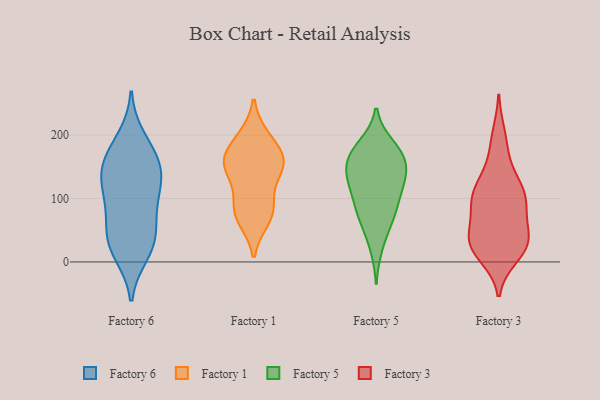
{"axis": {"x": "Demand Index", "y": "Value"}, "legend": ["Factory 1", "Factory 3", "Factory 5", "Factory 6"], "data": [{"x": "", "y": 22, "type": "Factory 6"}, {"x": "", "y": 13, "type": "Factory 6"}, {"x": "", "y": 80, "type": "Factory 6"}, {"x": "", "y": 52, "type": "Factory 6"}, {"x": "", "y": 41, "type": "Factory 6"}, {"x": "", "y": 131, "type": "Factory 6"}, {"x": "", "y": 28, "type": "Factory 6"}, {"x": "", "y": 90, "type": "Factory 6"}, {"x": "", "y": 127, "type": "Factory 6"}, {"x": "", "y": 152, "type": "Factory 6"}, {"x": "", "y": 142, "type": "Factory 6"}, {"x": "", "y": 163, "type": "Factory 6"}, {"x": "", "y": 112, "type": "Factory 6"}, {"x": "", "y": 175, "type": "Factory 6"}, {"x": "", "y": 195, "type": "Factory 6"}, {"x": "", "y": 190, "type": "Factory 1"}, {"x": "", "y": 147, "type": "Factory 1"}, {"x": "", "y": 158, "type": "Factory 1"}, {"x": "", "y": 77, "type": "Factory 1"}, {"x": "", "y": 196, "type": "Factory 1"}, {"x": "", "y": 80, "type": "Factory 1"}, {"x": "", "y": 150, "type": "Factory 1"}, {"x": "", "y": 68, "type": "Factory 1"}, {"x": "", "y": 100, "type": "Factory 1"}, {"x": "", "y": 155, "type": "Factory 1"}, {"x": "", "y": 158, "type": "Factory 1"}, {"x": "", "y": 151, "type": "Factory 5"}, {"x": "", "y": 184, "type": "Factory 5"}, {"x": "", "y": 140, "type": "Factory 5"}, {"x": "", "y": 65, "type": "Factory 5"}, {"x": "", "y": 161, "type": "Factory 5"}, {"x": "", "y": 80, "type": "Factory 5"}, {"x": "", "y": 89, "type": "Factory 5"}, {"x": "", "y": 175, "type": "Factory 5"}, {"x": "", "y": 161, "type": "Factory 5"}, {"x": "", "y": 136, "type": "Factory 5"}, {"x": "", "y": 65, "type": "Factory 5"}, {"x": "", "y": 122, "type": "Factory 5"}, {"x": "", "y": 112, "type": "Factory 5"}, {"x": "", "y": 23, "type": "Factory 5"}, {"x": "", "y": 118, "type": "Factory 5"}, {"x": "", "y": 178, "type": "Factory 5"}, {"x": "", "y": 103, "type": "Factory 3"}, {"x": "", "y": 100, "type": "Factory 3"}, {"x": "", "y": 200, "type": "Factory 3"}, {"x": "", "y": 30, "type": "Factory 3"}, {"x": "", "y": 128, "type": "Factory 3"}, {"x": "", "y": 144, "type": "Factory 3"}, {"x": "", "y": 99, "type": "Factory 3"}, {"x": "", "y": 42, "type": "Factory 3"}, {"x": "", "y": 10, "type": "Factory 3"}, {"x": "", "y": 20, "type": "Factory 3"}, {"x": "", "y": 18, "type": "Factory 3"}, {"x": "", "y": 75, "type": "Factory 3"}, {"x": "", "y": 35, "type": "Factory 3"}, {"x": "", "y": 39, "type": "Factory 3"}, {"x": "", "y": 183, "type": "Factory 3"}, {"x": "", "y": 110, "type": "Factory 3"}, {"x": "", "y": 27, "type": "Factory 3"}, {"x": "", "y": 99, "type": "Factory 3"}, {"x": "", "y": 42, "type": "Factory 3"}, {"x": "", "y": 95, "type": "Factory 3"}]}